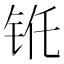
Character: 𮸁